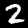
Label: 2